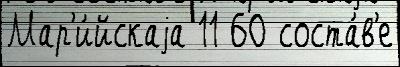
Мар'и́йскаjа 11 60 соста́в'е